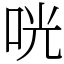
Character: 咣